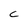
Character: C